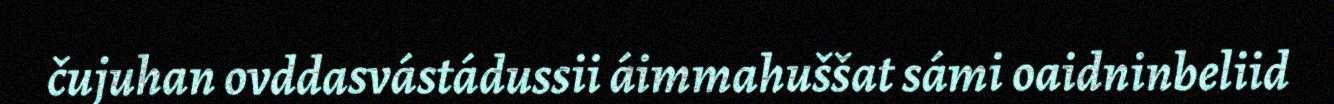
čujuhan ovddasvástádussii áimmahuššat sámi oaidninbeliid